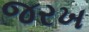
જરખ